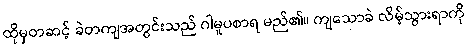
ထိုမှတဆင့် ခဲတကျအတွင်းသည် ဂါမူပစာရ မည်၏။ ကျသောခဲ လိမ့်သွားရာကို